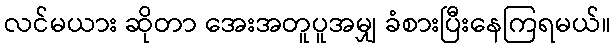
လင်မယား ဆိုတာ အေးအတူပူအမျှ ခံစားပြီးနေကြရမယ်။